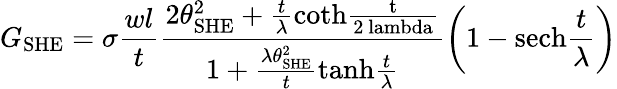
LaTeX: G_{\mathrm{SHE}}=\sigma\frac{wl}{t}\frac{2\theta_{\mathrm{SHE}}^{2}+\frac{t}{\lambda}\mathrm{coth\frac{t}{2\ lambda}}}{1+\frac{\lambda\theta_{\mathrm{SHE}}^{2}}{t}\mathrm{tanh}\frac{t}{\lambda}}\left(1-\mathrm{sech}\frac{t}{\lambda}\right)